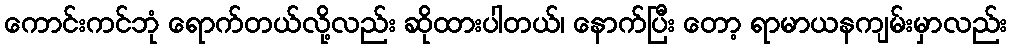
ကောင်းကင်ဘုံ ရောက်တယ်လို့လည်း ဆိုထားပါတယ်၊ နောက်ပြီး တော့ ရာမာယနကျမ်းမှာလည်း